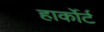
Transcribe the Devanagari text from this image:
हार्कोर्ट